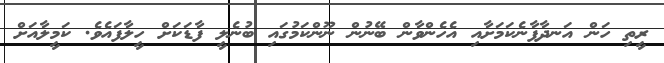
ރީތި ހަން އަނދާފާނެކަމަށާއި އެހެންވާން ބޭނުން ނޫންކަމުގައި ބުނެލީ ފާޑަކަށް ހީލާފައެވެ. ކަމީލާއަށް